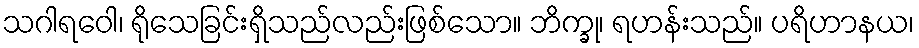
သဂါရဝေါ၊ ရိုသေခြင်းရှိသည်လည်းဖြစ်သော။ ဘိက္ခု၊ ရဟန်းသည်။ ပရိဟာနယ၊